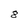
Character: 8